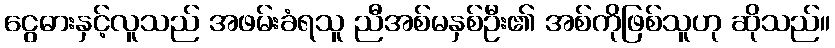
ငွေဓားနှင့်လူသည် အဖမ်းခံရသူ ညီအစ်မနှစ်ဦး၏ အစ်ကိုဖြစ်သူဟု ဆိုသည်။